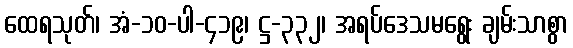
ထေရသုတ်၊ အံ-၁၀-ပါ-၄၁၉၊ ဋ္ဌ-၃၃၂၊ အရပ်ဒေသမရွေး ချမ်းသာစွာ